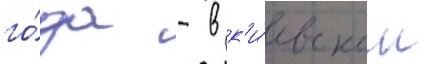
го́да - в к'и́евском